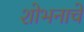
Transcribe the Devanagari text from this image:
शोभनाचे